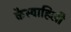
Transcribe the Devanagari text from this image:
कैस्वाहिली